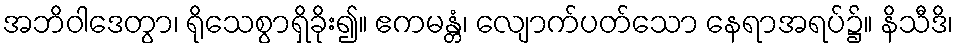
အဘိဝါဒေတွာ၊ ရိုသေစွာရှိခိုး၍။ ဧကမန္တံ၊ လျောက်ပတ်သော နေရာအရပ်၌။ နိသီဒိ၊